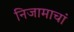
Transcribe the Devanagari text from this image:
निजामाचां